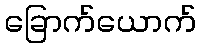
ခြောက်ယောက်